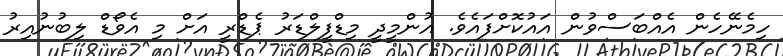
ހިމެނޭހެން އެއްބަސްވުން އައުކޮށްފައެވެ. އުންމީދީ މިޑްފީލްޑަރު ޕެޑްރީ އަށް މި އެވޯޑް ލިބުނުއިރު